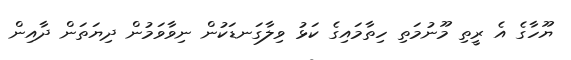
ޔޫހާގެ އެ ރީތި މޫނުމަތި ހިތާމައިގެ ކަޅު ވިލާގަނޑަކުން ނިވާވަމުން ދިޔަތަން ދާއިން